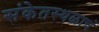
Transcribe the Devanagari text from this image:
संकेतस्थळाचं